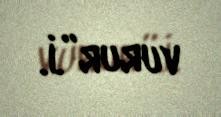
vurur”.İ.